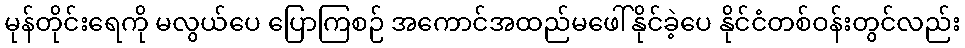
မုန်တိုင်းရေကို မလွယ်ပေ ပြောကြစဉ် အကောင်အထည်မဖေါ်နိုင်ခဲ့ပေ နိုင်ငံတစ်ဝန်းတွင်လည်း